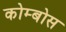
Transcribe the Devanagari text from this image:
कोम्बोस